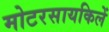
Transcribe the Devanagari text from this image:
मोटरसायकिलें